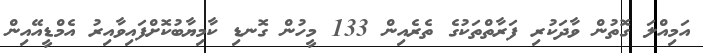
އަމިއްލަ ގޮތުން ވާދަކުރި ފަރާތްތަކުގެ ތެރެއިން 133 މީހުން ގޮނޑި ކާމިޔާބުކޮށްފައިވާއިރު އެމްޑީއޭއިން